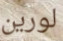
لورين